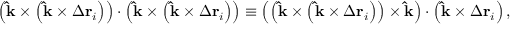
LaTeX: \left( \mathbf { \hat { k } } \times \left( \mathbf { \hat { k } } \times \Delta \mathbf { r } _ { i } \right) \right) \cdot \left( \mathbf { \hat { k } } \times \left( \mathbf { \hat { k } } \times \Delta \mathbf { r } _ { i } \right) \right) \equiv \left( \left( \mathbf { \hat { k } } \times \left( \mathbf { \hat { k } } \times \Delta \mathbf { r } _ { i } \right) \right) \times \mathbf { \hat { k } } \right) \cdot \left( \mathbf { \hat { k } } \times \Delta \mathbf { r } _ { i } \right) ,